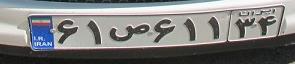
۶۱ص۶۱۱۳۴